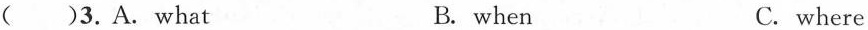
( )3.A.what B. when C. where